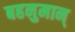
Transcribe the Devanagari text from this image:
बहनुमान्